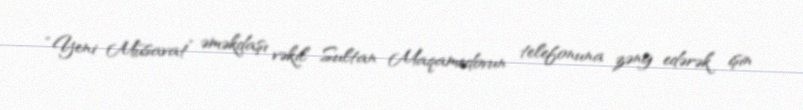
“Yeni Müsavat” əməkdaşı vəkil Sultan Maqamedovun telefonuna zəng edərək işin